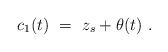
LaTeX: \begin{align*} c_1(t) \ = \ z_s+\theta(t) \ . \end{align*}